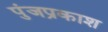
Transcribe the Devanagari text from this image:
पुंजप्रकाश